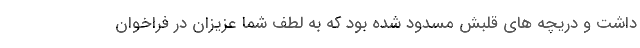
داشت و دریچه های قلبش مسدود شده بود که به لطف شما عزیزان در فراخوان